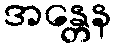
အန္တေန